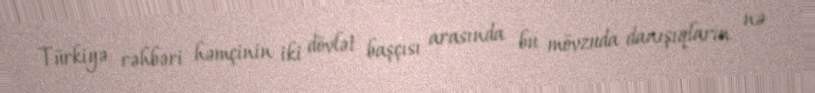
Türkiyə rəhbəri həmçinin iki dövlət başçısı arasında bu mövzuda danışıqların nə